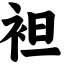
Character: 袒